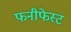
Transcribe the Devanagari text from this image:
फनीफेस्ट